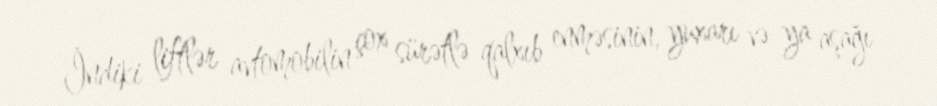
İndiki liftlər avtomobilin çox sürətlə qalxıb enməsinin, yuxarı və ya aşağı